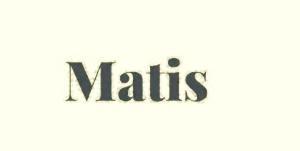
Matis